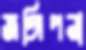
জঙ্গিপনা